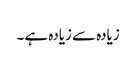
زیادہ سے زیادہ ہے ۔